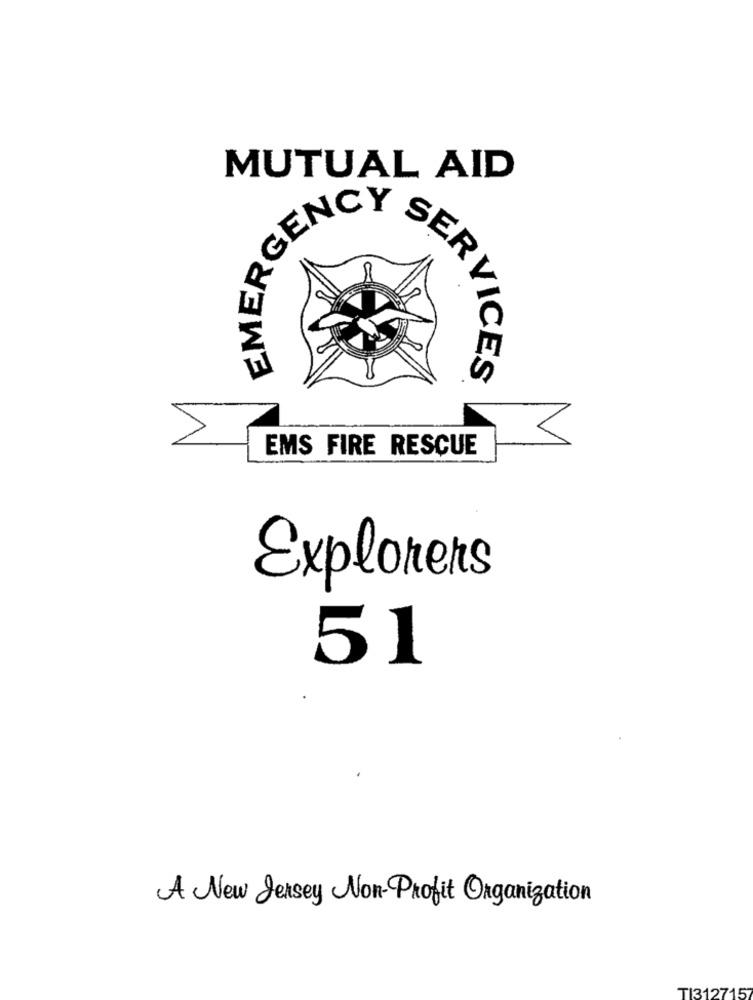
MUTUAL AID
GENCY
SERVICES
EMS FIRE RESCUE
Explorers
51
A New Jersey Non-Profit Organization
TI3127157